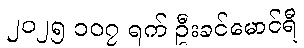
၂၀၂၅ ၁၀၇ ရက် ဦးခင်မောင်ရီ